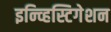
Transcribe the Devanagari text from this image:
इन्व्हिस्टिगेशन